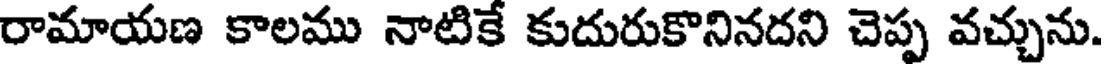
రామాయణ కాలము నాటికే కుదురుకొనినదని చెప్ప వచ్చును.